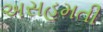
અસહમતી